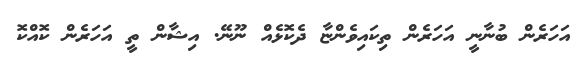
އަހަރެން ބުނާނީ އަހަރެން ތިކައިވެންޏާ ދެކޮޅެއް ނޫނޭ. އިޝާން ތީ އަހަރެން ކޮއްކޮ